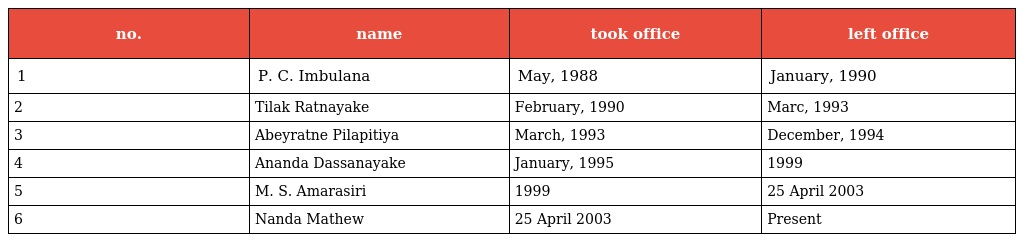
| no. | name | took office | left office |
 | --- | --- | --- | --- |
 | 1 | P. C. Imbulana | May, 1988 | January, 1990 |
 | 2 | Tilak Ratnayake | February, 1990 | Marc, 1993 |
 | 3 | Abeyratne Pilapitiya | March, 1993 | December, 1994 |
 | 4 | Ananda Dassanayake | January, 1995 | 1999 |
 | 5 | M. S. Amarasiri | 1999 | 25 April 2003 |
 | 6 | Nanda Mathew | 25 April 2003 | Present |